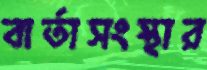
বার্তাসংস্থার